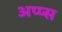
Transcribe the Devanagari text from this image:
अप्प्स